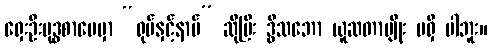
ရှေးဦးဗုဒ္ဓစာပေမှာ “ရုပ်နှင့်နာမ်” ဆိုပြီး ဒွိသဘော ယူဆတာမျိုး မရှိ ပါဘူး။